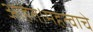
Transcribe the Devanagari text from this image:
आहेत।महत्वाचे